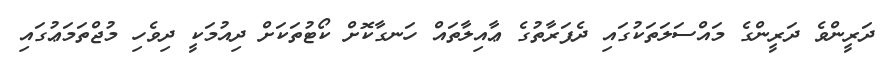
ދަރީންވެ ދަރީންގެ މައްސަލަތަކުގައި ދެފަރާތުގެ ޢާއިލާތައް ހަނގާކޮށް ކޯޓުތަކަށް ދިއުމަކީ ދިވެހި މުޖްތަމަޢުގައި